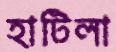
হাটিলা